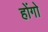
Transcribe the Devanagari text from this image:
होंगो